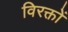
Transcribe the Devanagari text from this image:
विरक्तों